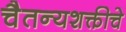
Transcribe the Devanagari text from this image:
चैतन्यशक्तीचे